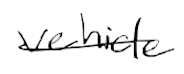
Text: vehicle
Cross-out: single-line
Writing tool: digital_black